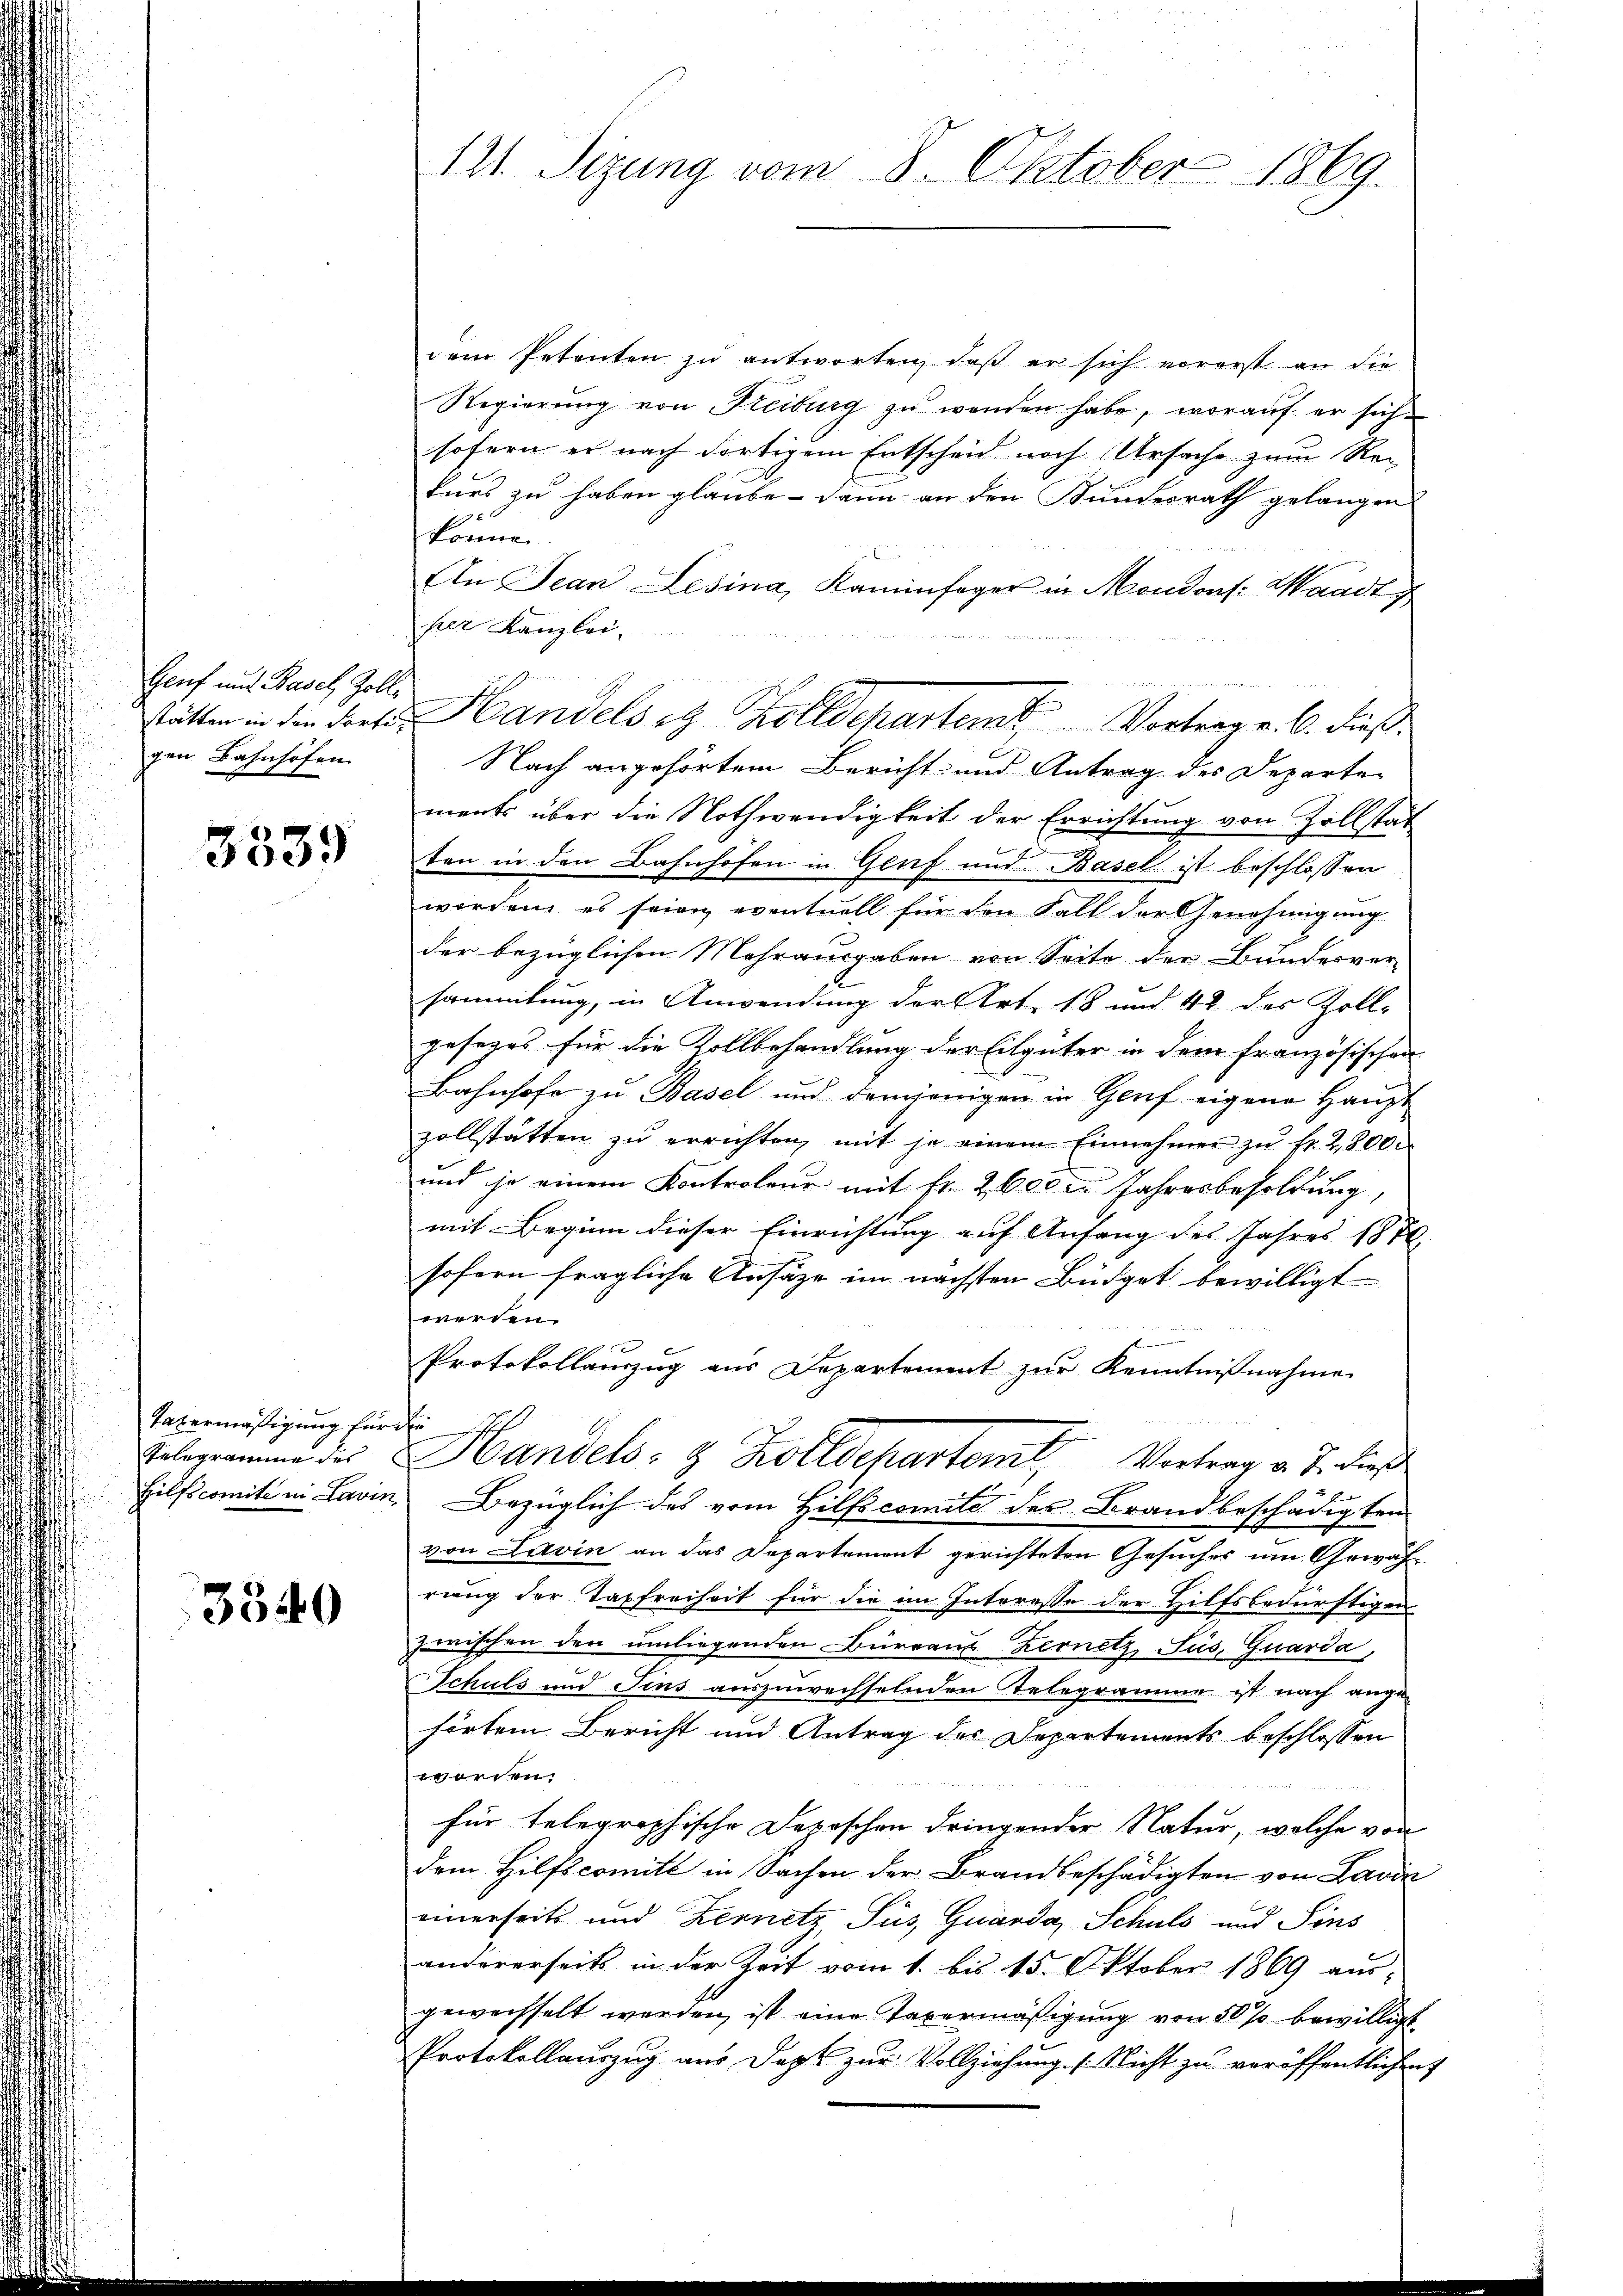
Genf und Basel, Zollstatten in den Forti-
gen Bahnhofen

3539

Taxermäßigung für
Relegramme des
Hilfscomite in Lavis

3340

121. Sizung vom 8. Oktober 1869.

dem Petenten zu antworten, daß er sich vorerst an die
Regierŭng von Freiburg zŭ wenden habe, worauf er sich
sofern er nach dortigem Entscheid noch Ursache zum Re-
kurs zu haben glaube - dann an den Bundesrath gelangen
könne.
An Jean Lesina, Kaminfeger in Moudons: Waadt
per Kanzlei
ments über die Nothwendigkeit der Errichtung von Zollstat
ten in den Bahnhofen in Genf und Basel ist beschlossen
worden, es seien eventuell für den Fall der Genehmigung
der bezüglichen Mehrausgaben von Seite der Bundesver-
sammlung, in Anwendung der Art. 18 und 42 des Zoll-
gesezes für die Kollbehandlung der Eilgüter in dem französischen
Bahnhofe zu Basel und demjenigen in Gruf eigene Hange
zollstatten zŭ errichten, mit je einem Einnehmer zŭ fr. 2,800.
und ja einem Kontroleur mit fr. 26000 Jahresbesoldung
mit Beginn dieser Einrichtung auf Anfang des Jahres 1870
sofern fragliche Ansätze im nächsten Büdget bewilligt
werden.
Protokollauszug aus Departement zur Kenntnißnahme
fu
Handels- & Zollschartemt, Vortrag v. J. dieß
Bezüglich des vom Hilfscomité des Brandbeschädigten
von Lavin an das Departement gerichteten Gesuches um Gewahrung der Taxfreiheit für die im Interesse der Hilfsbedürftigen
zwischen den umliegenden Büreaus Zernitz, Jus, Guarda,
Schuls und Sins auszuwechselnden Telegramme ist nach ange
hörtem Bericht und Antrag des Departements beschlossen
worden.
für telegraphische Depeschen dringender Natur, welche von
dem Hilfscomité in Sachen der Brandbeschädigten von Laviz
einerseits und Bernetz, Sus Quando Schuls und Sins
andererseits in der Zeit vom 1. bis 15. Oktober 1869 aus-
gewechselt worden, ist eine Taxermäßigung von 50 % bewilligt
Protokollauszug aus Dopt zur Vollziehung (Nicht zu veröffentlichen

Handels et Zolldepartem Vortrag v. 6. dieß
Nach angehörtem Bericht und Antrag des Departen